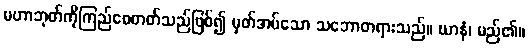
မဟာဘုတ်ကိုကြည်စေတတ်သည်ဖြစ်၍ မှတ်အပ်သော သဘောတရားသည်။ ဃာနံ၊ မည်၏။